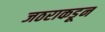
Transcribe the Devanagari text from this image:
जठराकडून